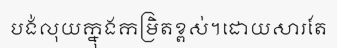
បង់លុយក្នុងកម្រិតខ្ពស់។ដោយសារតែ